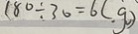
1 8 0 \div 3 0 = 6 ( g )